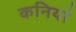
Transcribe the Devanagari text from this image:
कनियां